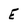
Character: E